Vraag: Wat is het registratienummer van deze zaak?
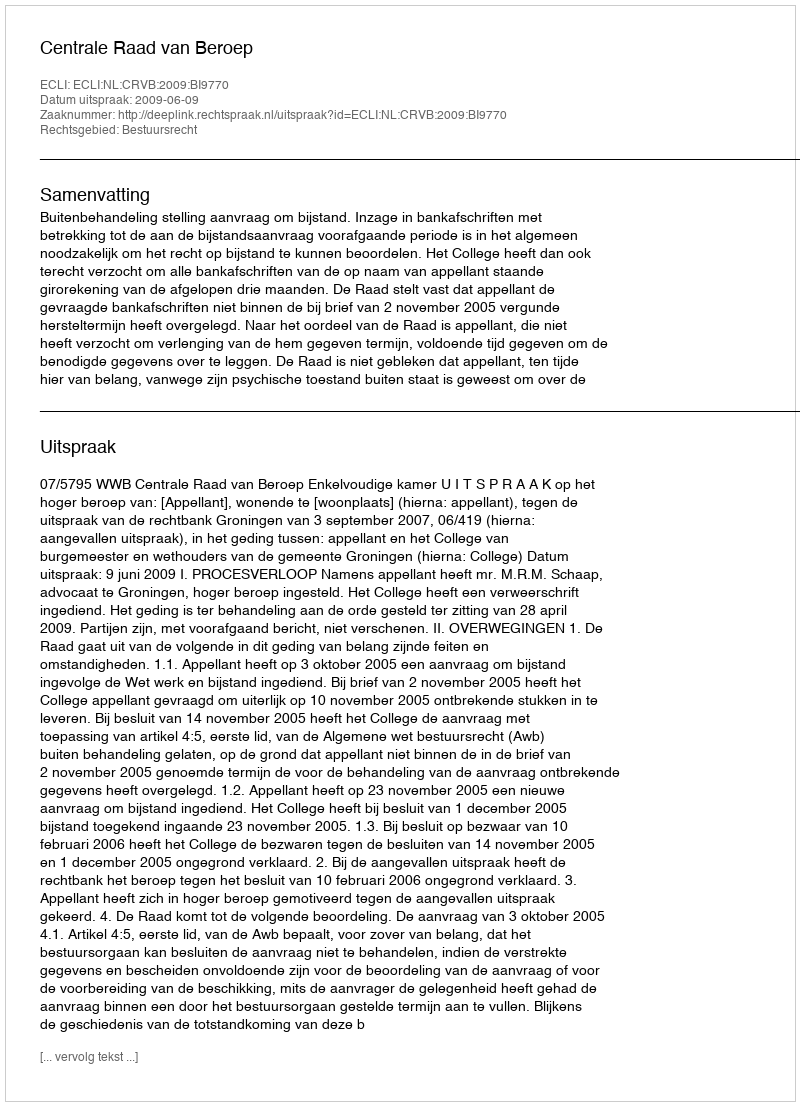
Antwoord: http://deeplink.rechtspraak.nl/uitspraak?id=ECLI:NL:CRVB:2009:BI9770